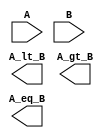
module Comparator_4bits (A, B, A_lt_B, A_gt_B, A_eq_B);
// declare input signals
input [4-1:0] A;
input [4-1:0] B;

// declare output signals
output A_lt_B, A_gt_B, A_eq_B;

// here is your design

endmodule